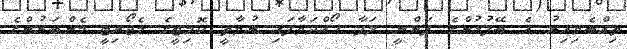
ތިއްބެވިއިރު އެ ބޭފުޅުންގެ ފަންނީ ލަފާ ހޯއްދަވާފައި ނުވާތީ ކޮމިޓީގެ މެޖޯރިޓީ މެންބަރުންގެ